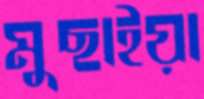
মুছাইয়া